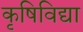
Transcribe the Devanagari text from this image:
कृषिविद्या